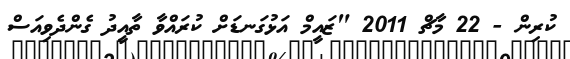
ކުރިން - 22 މާޗް 2011 "ޒައީމް އަޅުގަނޑަށް ކުރައްވާ ތާއީދު ގެންދެވިއަސް